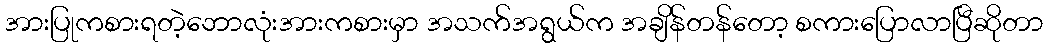
အားပြုကစားရတဲ့ဘောလုံးအားကစားမှာ အသက်အရွယ်က အချိန်တန်တော့ စကားပြောလာပြီဆိုတာ